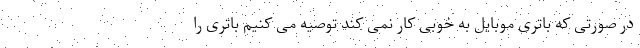
در صورتی که باتری موبایل به خوبی کار نمی کند توصیه می کنیم باتری را